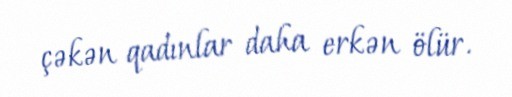
çəkən qadınlar daha erkən ölür.